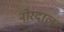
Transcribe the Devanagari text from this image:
नोरदाल